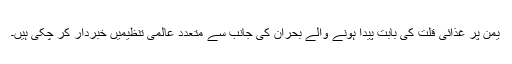
یمن پر غذائی قلت کی بابت پیدا ہونے والے بحران کی جانب سے متعدد عالمی تنظیمیں خبردار کر چکی ہیں۔